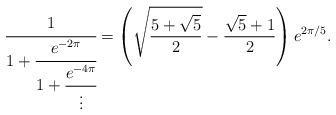
LaTeX: \begin{align*}\cfrac{1}{1+\cfrac{e^{-2\pi}}{1+\cfrac{e^{-4\pi}}{\vdots}}}=\left(\sqrt{\frac{5+\sqrt{5}}{2}}-\frac{\sqrt{5}+1}{2}\right)e^{2\pi/5}.\end{align*}